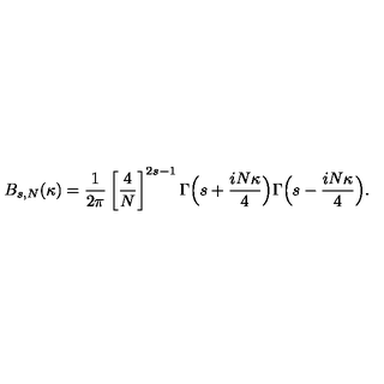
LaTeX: B _ { s , N } ( \kappa ) = \frac { 1 } { 2 \pi } \left[ \frac { 4 } { N } \right] ^ { 2 s - 1 } \Gamma \Bigl ( s + \frac { i N \kappa } { 4 } \Bigr ) \Gamma \Bigl ( s - \frac { i N \kappa } { 4 } \Bigr ) .